Report on sanitation, dispensaries, and jails in Rajputana for 1915, and on vaccination for the year 1915-1916 - 1915-1916
Year: 1915
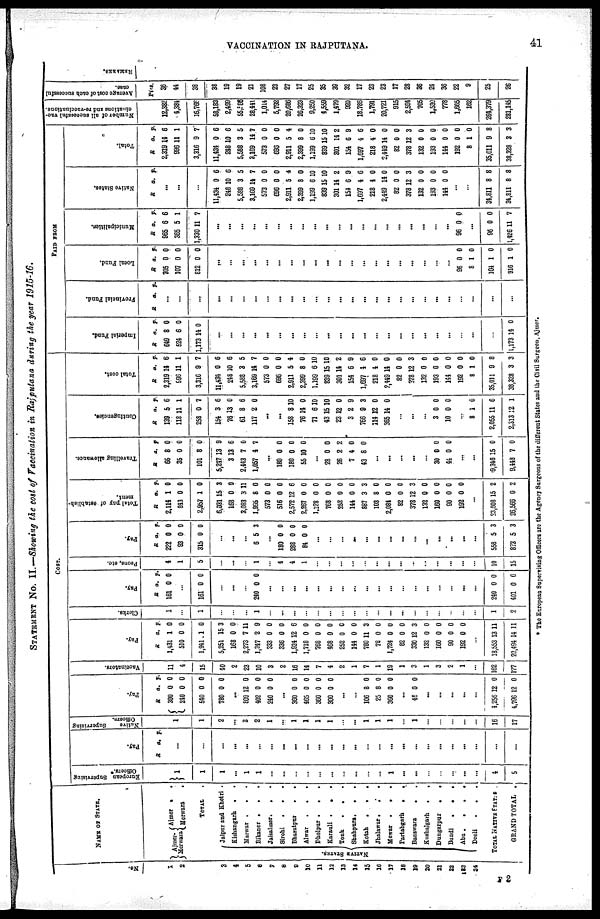
VACCINATION IN
RAJPUTANA.
41
STATEMENT No. II.—Showing the cost of Vaccination in Rajputana during the year 1915-16.
No.
1
2
3
4
5
6
7
8
9
10
11
12
13
14
15
16
17
18
19
20
21
22
23
24
NAME OF STATE.
Ajmer-
Merwara
Aimer . .
Merwara .
TOTAL
NATIVE STATES.
Jaipur and Khetri .
Kishangarh . .
Marwar .
.
Bikaner .
.
.
Jaisalmer . . .
Sirohi
. . .
Bharatpur
.
.
Alwar
. . .
Dholpur .
. .
Karauli .
.
.
Tonk
.
. .
Shahpura.
.
.
Kotah
.
. .
Jhalawar.
.
.
Mewar . . .
Partabgarh
.
.
Banswara
. .
Kushalgarh
.
.
Dungarpur
.
.
Bundi
.
.
.
Abu .
.
.
.
Deoli . . .
TOTAL NATIVE STATES
GRAND TOTAL .
COST.
European Supervising
Officers.*
1
1
1
...
1
1
...
...
...
...
...
...
...
...
...
...
1
...
...
...
...
...
...
...
4
5
Pay.
R a. p.
...
...
...
...
...
...
...
...
...
...
...
...
...
...
...
...
...
...
...
...
...
...
...
...
...
...
Native
supervising
Officers.
1
1
2
...
3
2
1
...
1
1
1
1
...
...
1
1
1
...
1
...
...
...
...
...
16
17
Pay.
R
200
240
540
730
a.
0
0
0
0
p.
0
0
0
0
...
809
402
240
12
0
0
0
0
0
...
360
465
360
300
0
0
0
0
0
0
0
0
...
...
106
25
360
8
8
0
0
0
0
...
48 0 0
...
...
...
...
...
4,256
4,796
12
12
0
0
Vaccinators.
11
4
15
40
2
23
10
3
2
16
14
7
4
2
1
7
1
19
1
3
1
3
2
1
...
162
177
Pay.
R
1,431
510
1,941
5,251
168
2,273
1,347
333
336
1,924
1,718
768
468
252
144
780
78
1,724
82
330
132
160
90
192
a.
1
0
1
15
0
7
2
0
0
12
0
0
0
0
0
11
0
0
0
12
0
0
0
0
p.
0
0
0
3
0
11
9
0
0
6
0
0
0
0
0
3
0
0
0
3
0
0
0
0
...
18,553
20,494
13
14
11
11
Clerks.
1
...
1
...
...
...
1
...
...
...
...
...
...
...
...
...
...
...
...
...
...
...
...
...
...
1
2
Pay.
R
161
a.
0
p.
0
...
161 0 0
...
...
...
240 0 0
...
...
...
...
...
...
...
...
...
...
...
...
...
...
...
...
...
...
240
401
0
0
0
0
Peons, etc.
4
1
5
...
...
...
1
...
4
4
1
...
...
...
...
...
...
...
...
...
...
...
...
...
...
10
15
Pay.
R
222
93
315
a.
0
0
0
p.
0
0
0
...
...
...
6 5 3
...
130
238
84
0
0
0
0
0
0
...
...
...
...
...
...
...
...
...
...
...
...
...
...
558
873
5
5
3
3
Total
pay of establish-
ment.
R
2,114
843
2,957
6,031
168
3,083
1,995
573
516
2,572
2,287
1,128
768
252
144
887
103
2,084
82
378
132
160
90
192
a.
1
0
1
15
0
3
8
0
0
12
0
0
0
0
0
3
3
0
0
12
0
0
0
0
p.
0
0
0
3
0
11
0
0
0
6
0
0
0
0
0
3
0
0
0
3
0
0
0
0
...
23,608
26,566
15
0
2
2
Travelling allowance.
R
66
35
101
5,247
3
2,443
1,057
a.
8
0
8
13
13
7
4
p.
0
0
0
9
6
0
7
...
180
180
55
0
0
10
0
0
0
...
28
26
7
43
0
2
4
8
0
2
0
0
...
...
...
...
...
30
44
0
0
0
0
...
...
9,346
9,443
15
7
0
0
Contingencies.
R
139
118
258
154
78
61
117
a.
5
11
6
3
13
8
2
p.
6
1
7
6
0
6
0
...
...
158
76
71
43
23
3
756
114
365
8
14
6
15
12
2
9
12
14
10
0
10
10
0
9
3
0
0
...
...
...
3
10
0
0
0
0
...
3
2,055
2,313
1
11
12
0
6
1
Total cost.
R
2,319
996
3,316
11,434
248
5,588
3,169
573
696
2,911
2,399
1,199
839
301
154
1,697
213
2,449
82
378
132
193
144
192
3
35,011
38,323
a.
14
11
9
0
10
3
14
0
0
5
8
6
15
14
6
4
4
14
0
12
0
0
0
0
1
9
3
p.
6
1
7
6
6
5
7
0
0
4
0
10
10
2
9
6
0
0
0
3
0
0
0
0
0
8
3
PAID FROM
Imperial
Fund.
R
649
524
1,173
a.
8
6
14
p.
0
0
0
...
...
...
...
...
...
...
...
...
...
...
...
...
...
...
...
...
...
...
...
...
...
...
1,173 14 0
Provincial Fund.
R a. p.
...
...
...
...
...
...
...
...
...
...
...
...
...
...
...
...
...
...
...
...
...
...
...
...
...
...
...
Local Fund.
R
705
107
812
a.
0
0
0
p.
0
0
0
...
...
...
...
...
...
...
...
...
...
...
...
...
...
...
...
...
...
...
...
96
3
104
916
0
1
1
1
0
0
0
0
Municipalities.
R
965
365
1,330
a.
6
5
11
p.
6
1
7
...
...
...
...
...
...
...
...
...
...
...
...
...
...
...
...
...
...
...
...
96 0 0
...
96
1,426
0
11
0
7
Native States.
R a. p.
...
...
...
11,434
248
5,588
3,169
573
696
2,911
2,399
1,199
839
301
154
1,697
218
2,449
82
378
132
193
144
0
10
3
14
0
0
5
8
6
15
14
6
4
4
14
0
12
0
0
0
6
6
5
7
0
0
4
0
10
10
2
9
6
0
0
0
3
0
0
0
...
...
34,811
34,811
8
8
8
8
Total.
R
2,319
996
3,316
11,434
248
5,588
3,169
573
698
2,911
2,399
1,199
839
301
154
1,697
218
2,449
82
378
132
193
144
192
3
35,011
38,328
a.
14
11
9
0
10
3
14
0
0
5
8
6
15
14
6
4
4
14
0
12
0
0
0
0
1
9
3
p.
6
1
7
6
6
5
7
0
0
4
0
10
10
2
9
6
0
0
0
3
0
0
0
0
0
8
3
N umber of all successful vac-
cinations
and re-vaccination
12,382
4,384
16,766
58,182
2,499
55,586
28,441
1,014
5,792
20,686
26,323
9,250
4,559
1,479
920
18,736
1,791
20,721
915
2,594
705
1,530
778
1,665
162
264,379
281,145
Average cost of each successful
case.
Pies.
36
44
38
38
19
19
21
108
23
27
17
25
35
39
32
17
23
23
17
28
26
24
36
22
9
25
26
* The European Supervising Officers are the Agency Surgeons of the different States and the Civil Surgeon, Ajmer.
F 2